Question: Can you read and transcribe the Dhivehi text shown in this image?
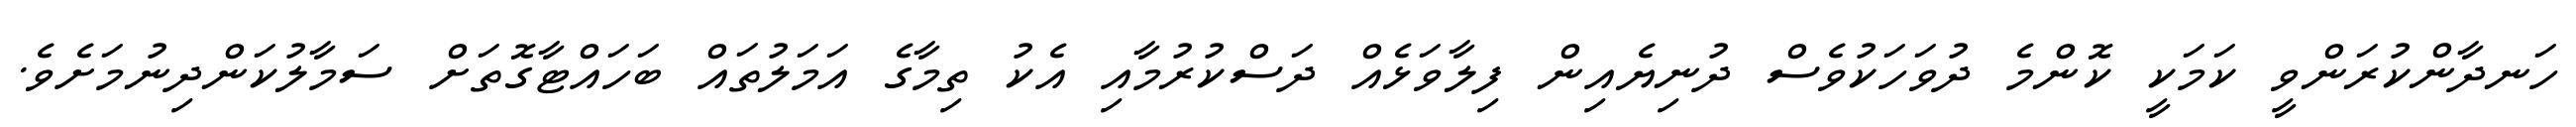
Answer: ހަނދާންކުރަންވީ ކަމަކީ ކޮންމެ ދުވަހަކުވެސް ދުނިޔެއިން ފިލާވަޅެއް ދަސްކުރުމާއި އެކު ތިމާގެ އަމަލުތައް ބަހައްޓާގޮތަށް ސަމާލުކަންދިނުމަށެވެ.